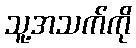
သူ့အသက်ကို